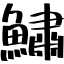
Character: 鱐